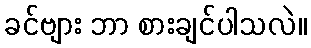
ခင်ဗျား ဘာ စားချင်ပါသလဲ။